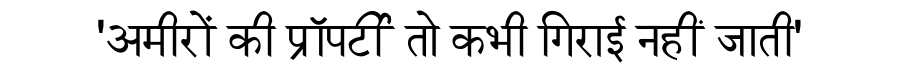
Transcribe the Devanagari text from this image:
'अमीरों की प्रॉपर्टी तो कभी गिराई नहीं जाती'